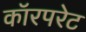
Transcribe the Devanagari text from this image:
कॉरपरेट